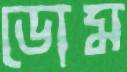
ডোম